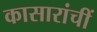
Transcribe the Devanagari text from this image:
कासारांचीं